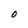
Character: O